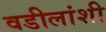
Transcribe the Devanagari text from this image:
वडीलांशी